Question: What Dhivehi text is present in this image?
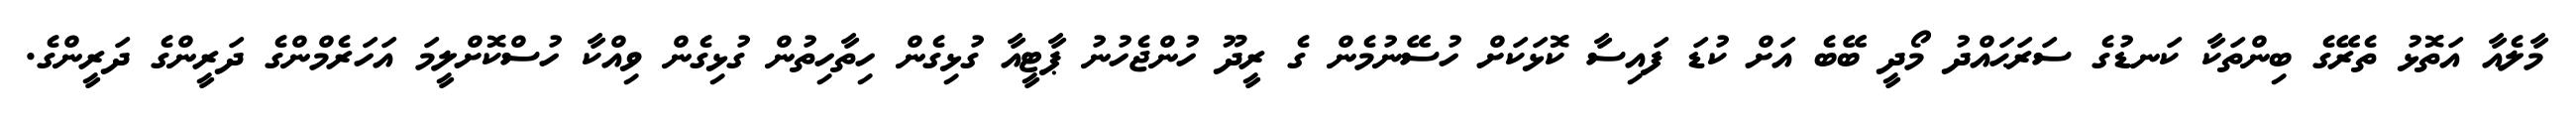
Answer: މާލެއާ އަތޮޅު ތެރޭގެ ބިންތަކާ ކަނޑުގެ ސަރަޙައްދު މޯދީ ބޭބެ އަށް ކުޑަ ފައިސާ ކޮޅަކަށް ހުސޭނުމެން ގެ ރީދޫ ހުންޖެހުނު ޕާޓީއާ ގުޅިގެން ހިތާހިތުން ގުޅިގެން ވިއްކާ ހުސްކޮށްލީމަ އަހަރެމްންގެ ދަރީންގެ ދަރީންގެ.